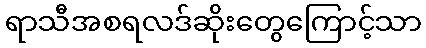
ရာသီအစရလဒ်ဆိုးတွေကြောင့်သာ